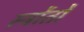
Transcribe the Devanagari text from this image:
स्त्रोंतों